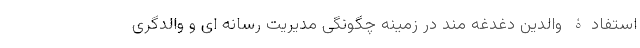
استفادۀ والدین دغدغه مند در زمینه چگونگی مدیریت رسانه ای و والدگری